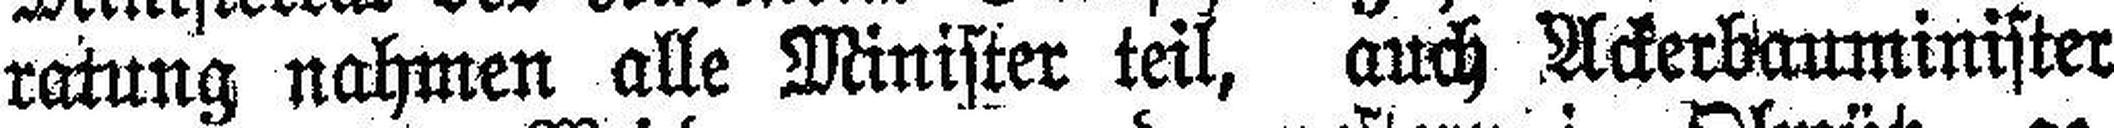
ratung nahmen alle Minister teil, auch Ackerbauminister